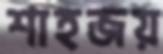
শাহজয়